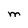
Character: M